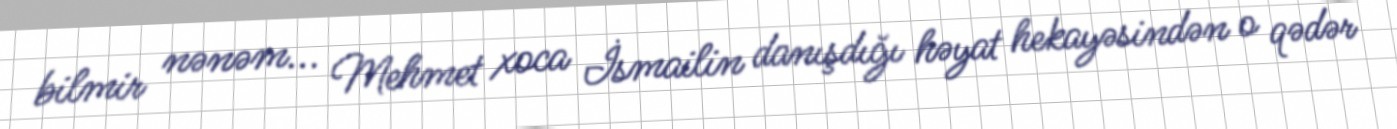
bilmir nənəm... Mehmet xoca İsmailin danışdığı həyat hekayəsindən o qədər